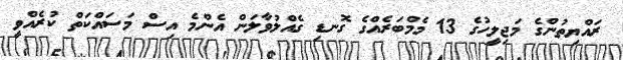
ރައްޔިތުންގެ މަޖިލީހުގެ 13 މެމްބަރެއްގެ ގޮނޑި ގެއްލުވާލަން އެންމެ އިސް މަސައްކަތް ކުރެއްވީ